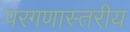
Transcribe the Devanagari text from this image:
परगणास्तरीय